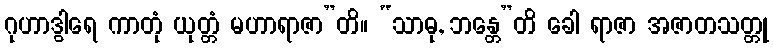
ဂုဟာဒွါရေ ကာတုံ ယုတ္တံ မဟာရာဇာ”တိ။ “သာဓု, ဘန္တေ”တိ ခေါ ရာဇာ အဇာတသတ္တု